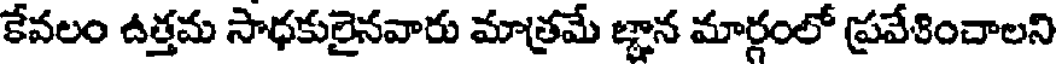
కేవలం ఉత్తమ సాధకులైనవారు మాత్రమే జ్ఞాన మార్గంలో ప్రవేశించాలని